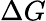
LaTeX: \Delta G